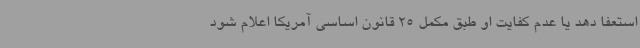
استعفا دهد یا عدم کفایت او طبق مکمل 25 قانون اساسی آمریکا اعلام شود